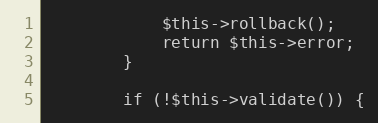
Language: PHP
            $this->rollback();
            return $this->error;
        }

        if (!$this->validate()) {